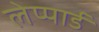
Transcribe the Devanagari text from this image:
लेप्पार्ड